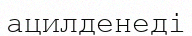
ацилденеді